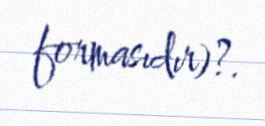
formasıdır)?.